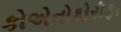
કોએનોકોરીફા